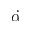
\dot { \alpha }